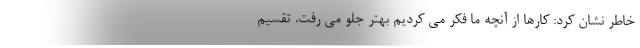
خاطر نشان کرد: کارها از آنچه ما فکر می کردیم بهتر جلو می رفت. تقسیم